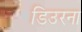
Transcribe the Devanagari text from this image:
डिउरना